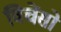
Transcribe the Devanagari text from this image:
विचेंसो